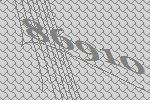
86910